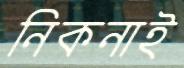
নিকনাই